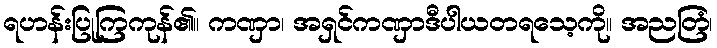
ရဟန်းပြုကြကုန်၏။ ကဏှာ၊ အရှင်ကဏှာဒီပါယတရသေ့ကို။ အညတြံ၊